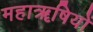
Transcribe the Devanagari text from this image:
महाॠषियों